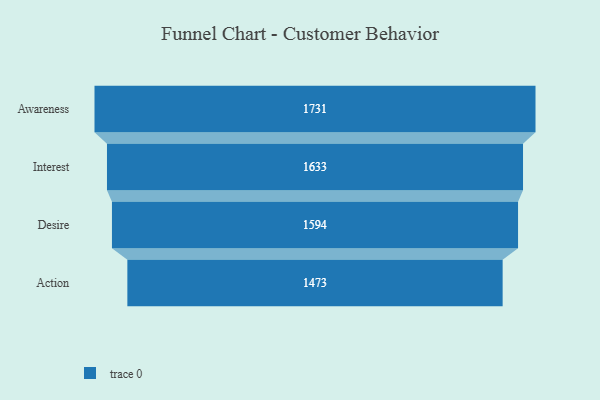
{"axis": {"x": "Stage", "y": "Value"}, "legend": [""], "data": [{"x": "Awareness", "y": 1731.0, "type": ""}, {"x": "Interest", "y": 1633.0, "type": ""}, {"x": "Desire", "y": 1594.0, "type": ""}, {"x": "Action", "y": 1473.0, "type": ""}]}